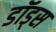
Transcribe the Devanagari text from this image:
डॉड्स